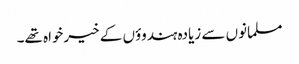
مسلمانوں سے زیادہ ہندوؤں کے خیرخواہ تھے۔